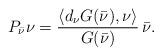
LaTeX: \begin{align*}P_{\bar \nu} \nu=\frac{\langle d_\nu G(\bar \nu),\nu\rangle}{G(\bar \nu)} \, \bar \nu.\end{align*}